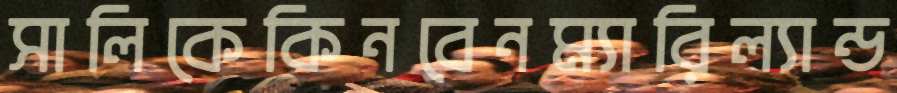
সালিকেকিনবেনম্যারিল্যান্ড